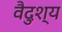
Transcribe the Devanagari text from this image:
वैदुश्य